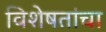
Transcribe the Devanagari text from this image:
विशेषतांचा